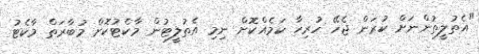
"އެތުލީތުންނަށް ކުރަން ޖެހޭ ހުރިހާ ކަމެއްކޮށް ނިމި އެތުލީޓުން މާކެޓުކޮށް މުބާރަތް މާކެޓު